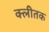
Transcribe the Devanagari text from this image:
क्लीतक